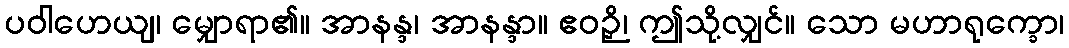
ပဝါဟေယျ၊ မျှောရာ၏။ အာနန္ဒ၊ အာနန္ဒာ။ ဧဝဉှိ၊ ဤသို့လျှင်။ သော မဟာရုက္ခော၊